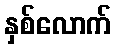
နှစ်လောက်